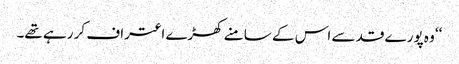
‘‘ وہ پورے قد سے اس کے سامنے کھڑے اعتراف کر رہے تھے۔